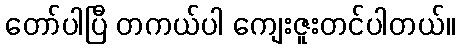
တော်ပါပြီ တကယ်ပါ ကျေးဇူးတင်ပါတယ်။